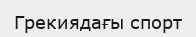
Грекиядағы спорт